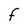
Character: F